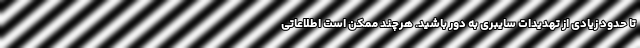
تا حدود زیادی از تهدیدات سایبری به دور باشید. هرچند ممکن است اطلاعاتی